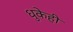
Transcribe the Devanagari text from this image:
धुकेही